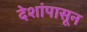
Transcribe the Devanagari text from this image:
देशांपासून